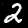
Digit: 2